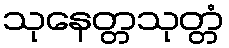
သုနေတ္တသုတ္တံ